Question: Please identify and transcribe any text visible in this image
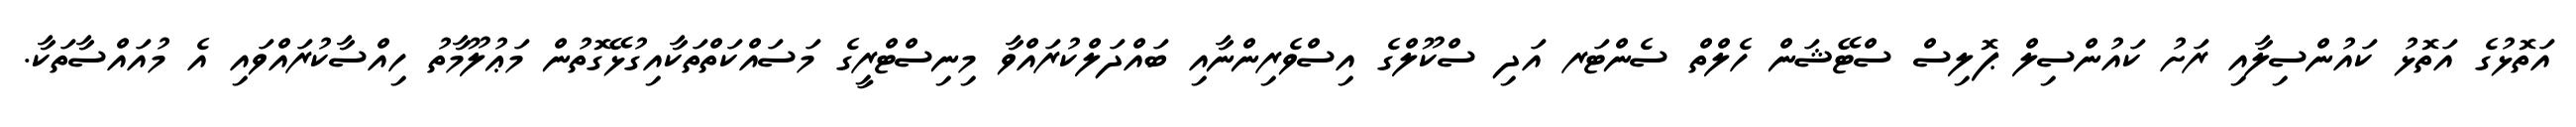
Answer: އަތޮޅުގެ އަތޮޅު ކައުންސިލާއި ރަށު ކައުންސިލް ޕޮލިސް ސްޓޭޝަން ހެލްތް ސެންޓަރ އަދި ސްކޫލްގެ އިސްވެރިންނާއި ބައްދަލްކުރައްވާ މިނިސްޓްރީގެ މަސައްކަތްތަކާއިގުޅޭގޮތުން މަޢުލޫމާތު ހިއްސާކުރައްވައި އެ މުއައްސާތަކާ.